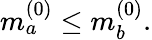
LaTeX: m_{a}^{(0)}\leq m_{b}^{(0)}.